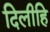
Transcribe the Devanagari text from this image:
दिलीहि